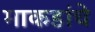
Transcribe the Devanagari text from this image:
माकडांचे